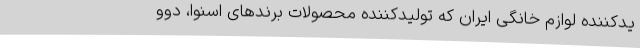
یدکننده لوازم خانگی ایران که تولیدکننده محصولات برندهای اسنوا، دوو